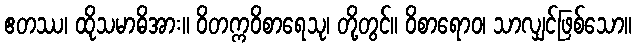
ဧတဿ၊ ထိုသမာဓိအား။ ဝိတက္ကဝိစာရေသု၊ တို့တွင်။ ဝိစာရောဝ၊ သာလျှင်ဖြစ်သော။